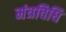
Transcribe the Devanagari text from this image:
मंत्रविधि